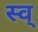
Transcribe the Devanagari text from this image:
स्व्